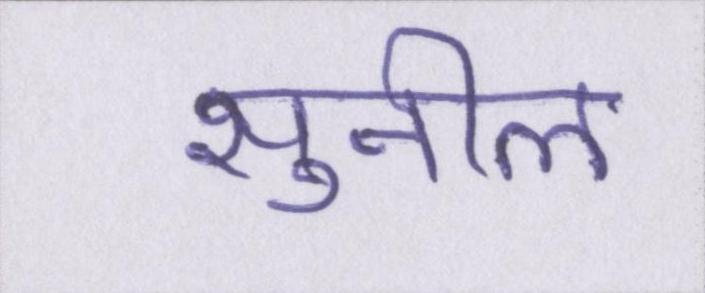
सुनील